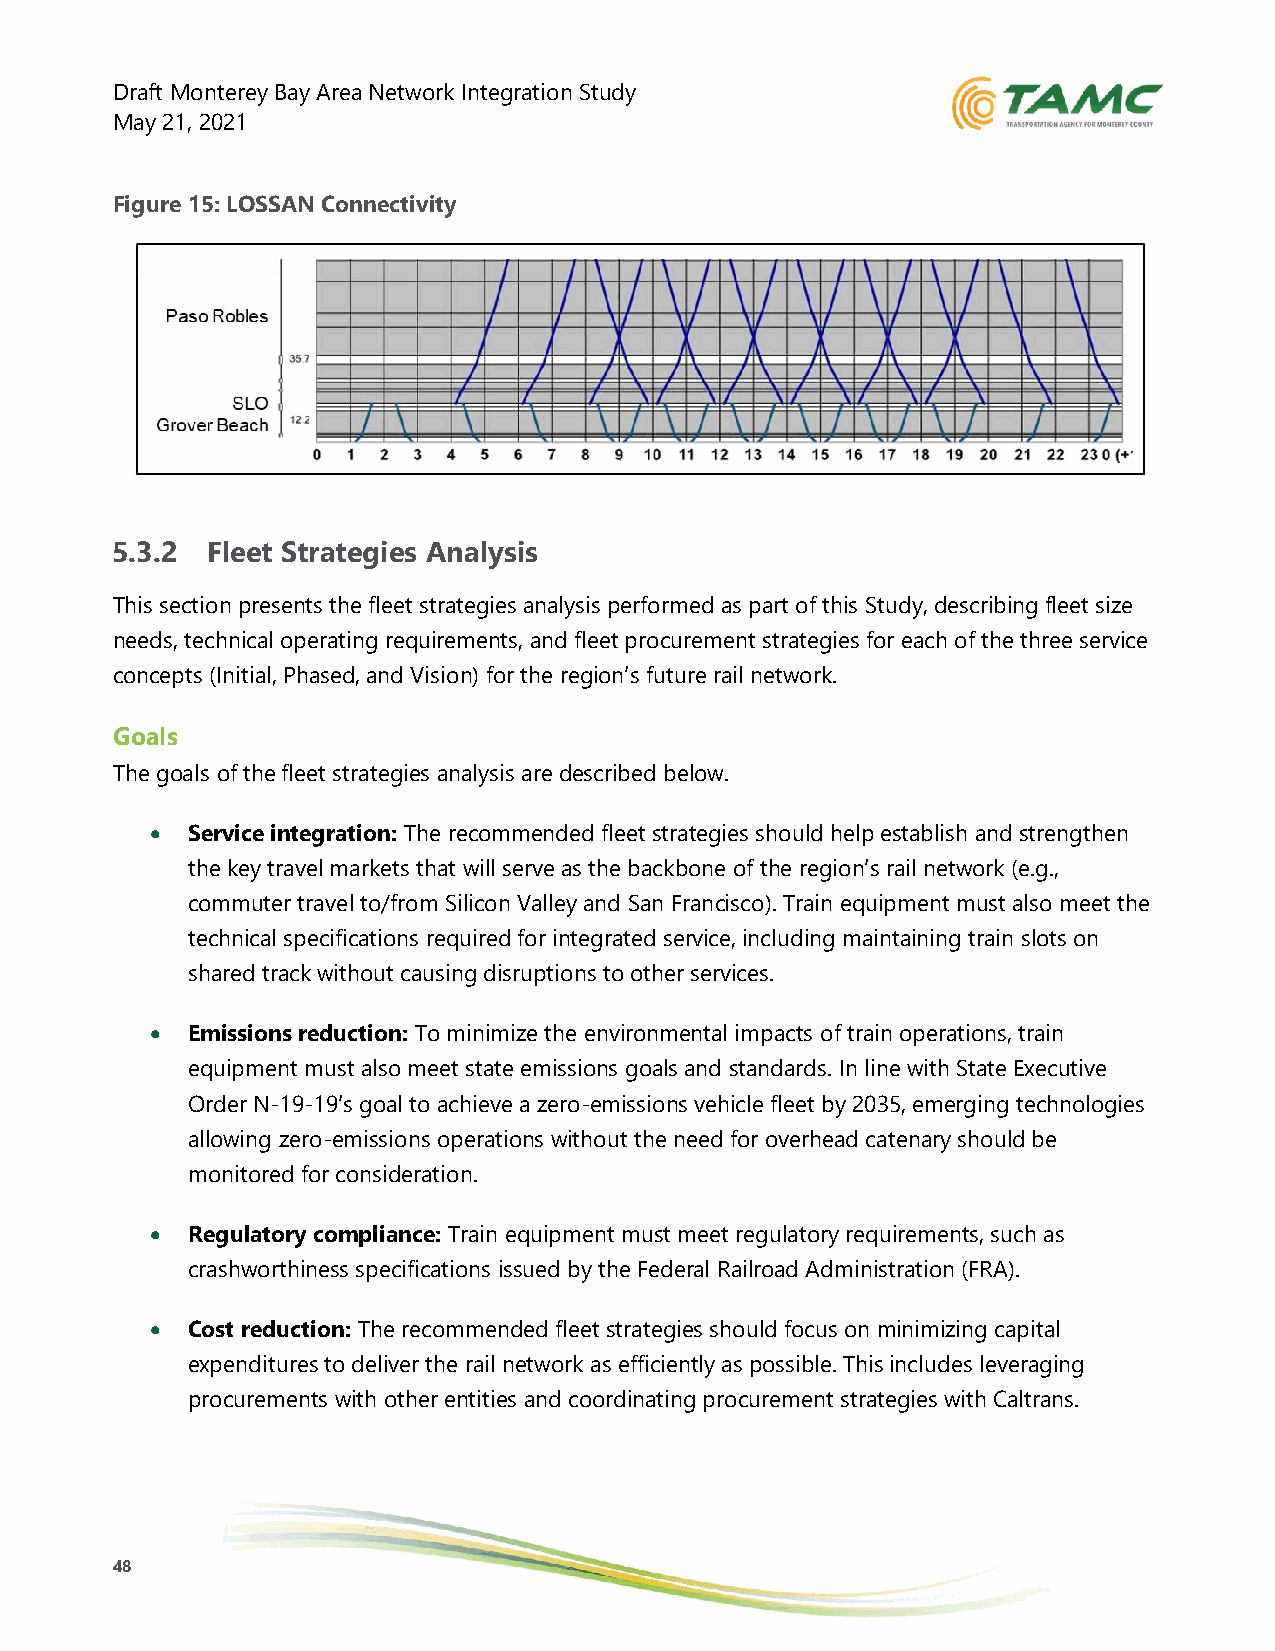
Draft Monterey Bay Area Network Integration Study
 May 21, 2021
 Figure 15: LOSSAN Connectivity
 5.3.2  Fleet Strategies Analysis
 This section presents the fleet strategies analysis performed as part of this Study, describing fleet size
 needs, technical operating requirements, and fleet procurement strategies for each of the three service
 concepts (Initial, Phased, and Vision) for the region’s future rail network.
 Goals
 The goals of the fleet strategies analysis are described below.
 • Service integration: The recommended fleet strategies should help establish and strengthen
 the key travel markets that will serve as the backbone of the region’s rail network (e.g.,
 commuter travel to/from Silicon Valley and San Francisco). Train equipment must also meet the
 technical specifications required for integrated service, including maintaining train slots on
 shared track without causing disruptions to other services.
 • Emissions reduction: To minimize the environmental impacts of train operations, train
 equipment must also meet state emissions goals and standards. In line with State Executive
 Order N-19-19’s goal to achieve a zero-emissions vehicle fleet by 2035, emerging technologies
 allowing zero-emissions operations without the need for overhead catenary should be
 monitored for consideration.
 • Regulatory compliance: Train equipment must meet regulatory requirements, such as
 crashworthiness specifications issued by the Federal Railroad Administration (FRA).
 • Cost reduction: The recommended fleet strategies should focus on minimizing capital
 expenditures to deliver the rail network as efficiently as possible. This includes leveraging
 procurements with other entities and coordinating procurement strategies with Caltrans.
 48